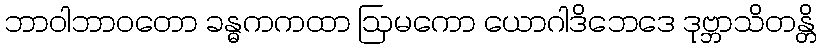
ဘာဝါဘာဝတော ခန္ဓကကထာ ဩမကော ယောဂါဒိဘေဒေ ဒုဗ္ဘာသိတန္တိ